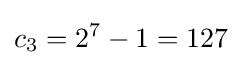
c_{3}=2^{7}-1=127